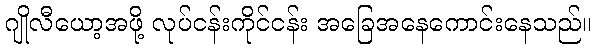
ဂျိုလီယော့အဖို့ လုပ်ငန်းကိုင်ငန်း အခြေအနေကောင်းနေသည်။